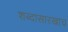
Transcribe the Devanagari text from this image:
शब्दासारखाच